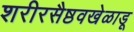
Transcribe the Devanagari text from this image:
शरीरसैष्ठवखेळाडू